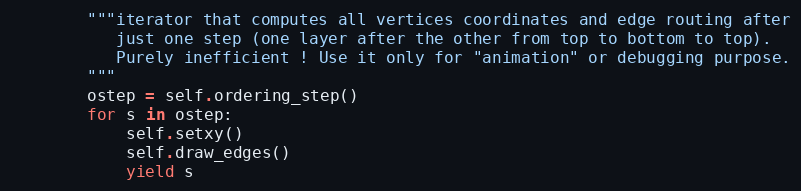
Language: Python
        """iterator that computes all vertices coordinates and edge routing after
           just one step (one layer after the other from top to bottom to top).
           Purely inefficient ! Use it only for "animation" or debugging purpose.
        """
        ostep = self.ordering_step()
        for s in ostep:
            self.setxy()
            self.draw_edges()
            yield s